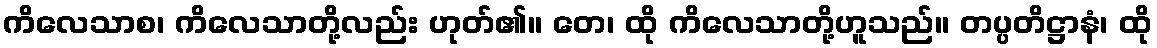
ကိလေသာစ၊ ကိလေသာတို့လည်း ဟုတ်၏။ တေ၊ ထို ကိလေသာတို့ဟူသည်။ တပ္ပတိဋ္ဌာနံ၊ ထို